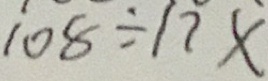
1 0 8 \div 1 7 x